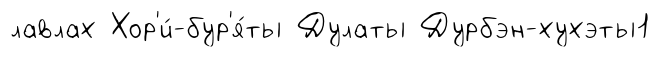
лавлах Хор'и́-бур'я́ты Дулаты Дурбэн-хухэты1